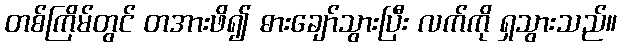
တစ်ကြိမ်တွင် တအားဖိ၍ ဓားချော်သွားပြီး လက်ကို ရှသွားသည်။